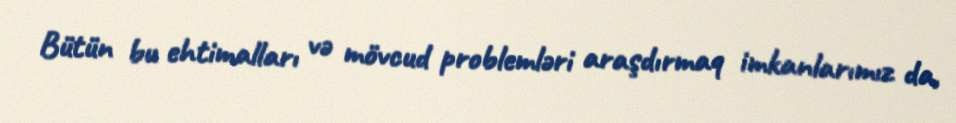
Bütün bu ehtimalları və mövcud problemləri araşdırmaq imkanlarımız da,